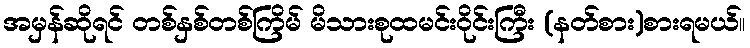
အမှန်ဆိုရင် တစ်နှစ်တစ်ကြိမ် မိသားစုထမင်းဝိုင်းကြီး (နတ်စား)စားရမယ်။